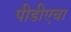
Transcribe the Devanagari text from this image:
पीडीएचा